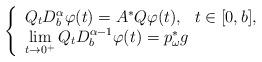
LaTeX: \begin{align*}\left\{\begin{array}{l}Q{}_tD^{\alpha}_b\varphi(t)=A^*Q\varphi(t), ~~ t\in [0,b],\\ \lim\limits_{t\to 0^+} Q{}_tD^{\alpha-1}_b\varphi(t)=p_\omega^*g\end{array}\right.\end{align*}